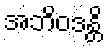
အဘိဝဒန္တိ